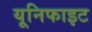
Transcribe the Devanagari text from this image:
यूनिफाइट